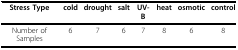
<table><thead><tr><td><b>Stress Type</b></td><td><b>cold</b></td><td><b>drought</b></td><td><b>salt</b></td><td><b>UV-B</b></td><td><b>heat</b></td><td><b>osmotic</b></td><td><b>control</b></td></tr></thead><tbody><tr><td>Number of Samples</td><td>6</td><td>7</td><td>6</td><td>7</td><td>8</td><td>6</td><td>8</td></tr></tbody></table>